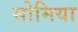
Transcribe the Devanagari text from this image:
सोमिया